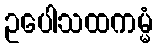
ဥပေါသထကမ္မံ